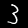
Label: 3